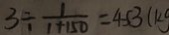
3 \div \frac { 1 } { 1 + 1 5 0 } = 4 . 5 3 ( k g